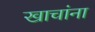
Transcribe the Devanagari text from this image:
खाचांना